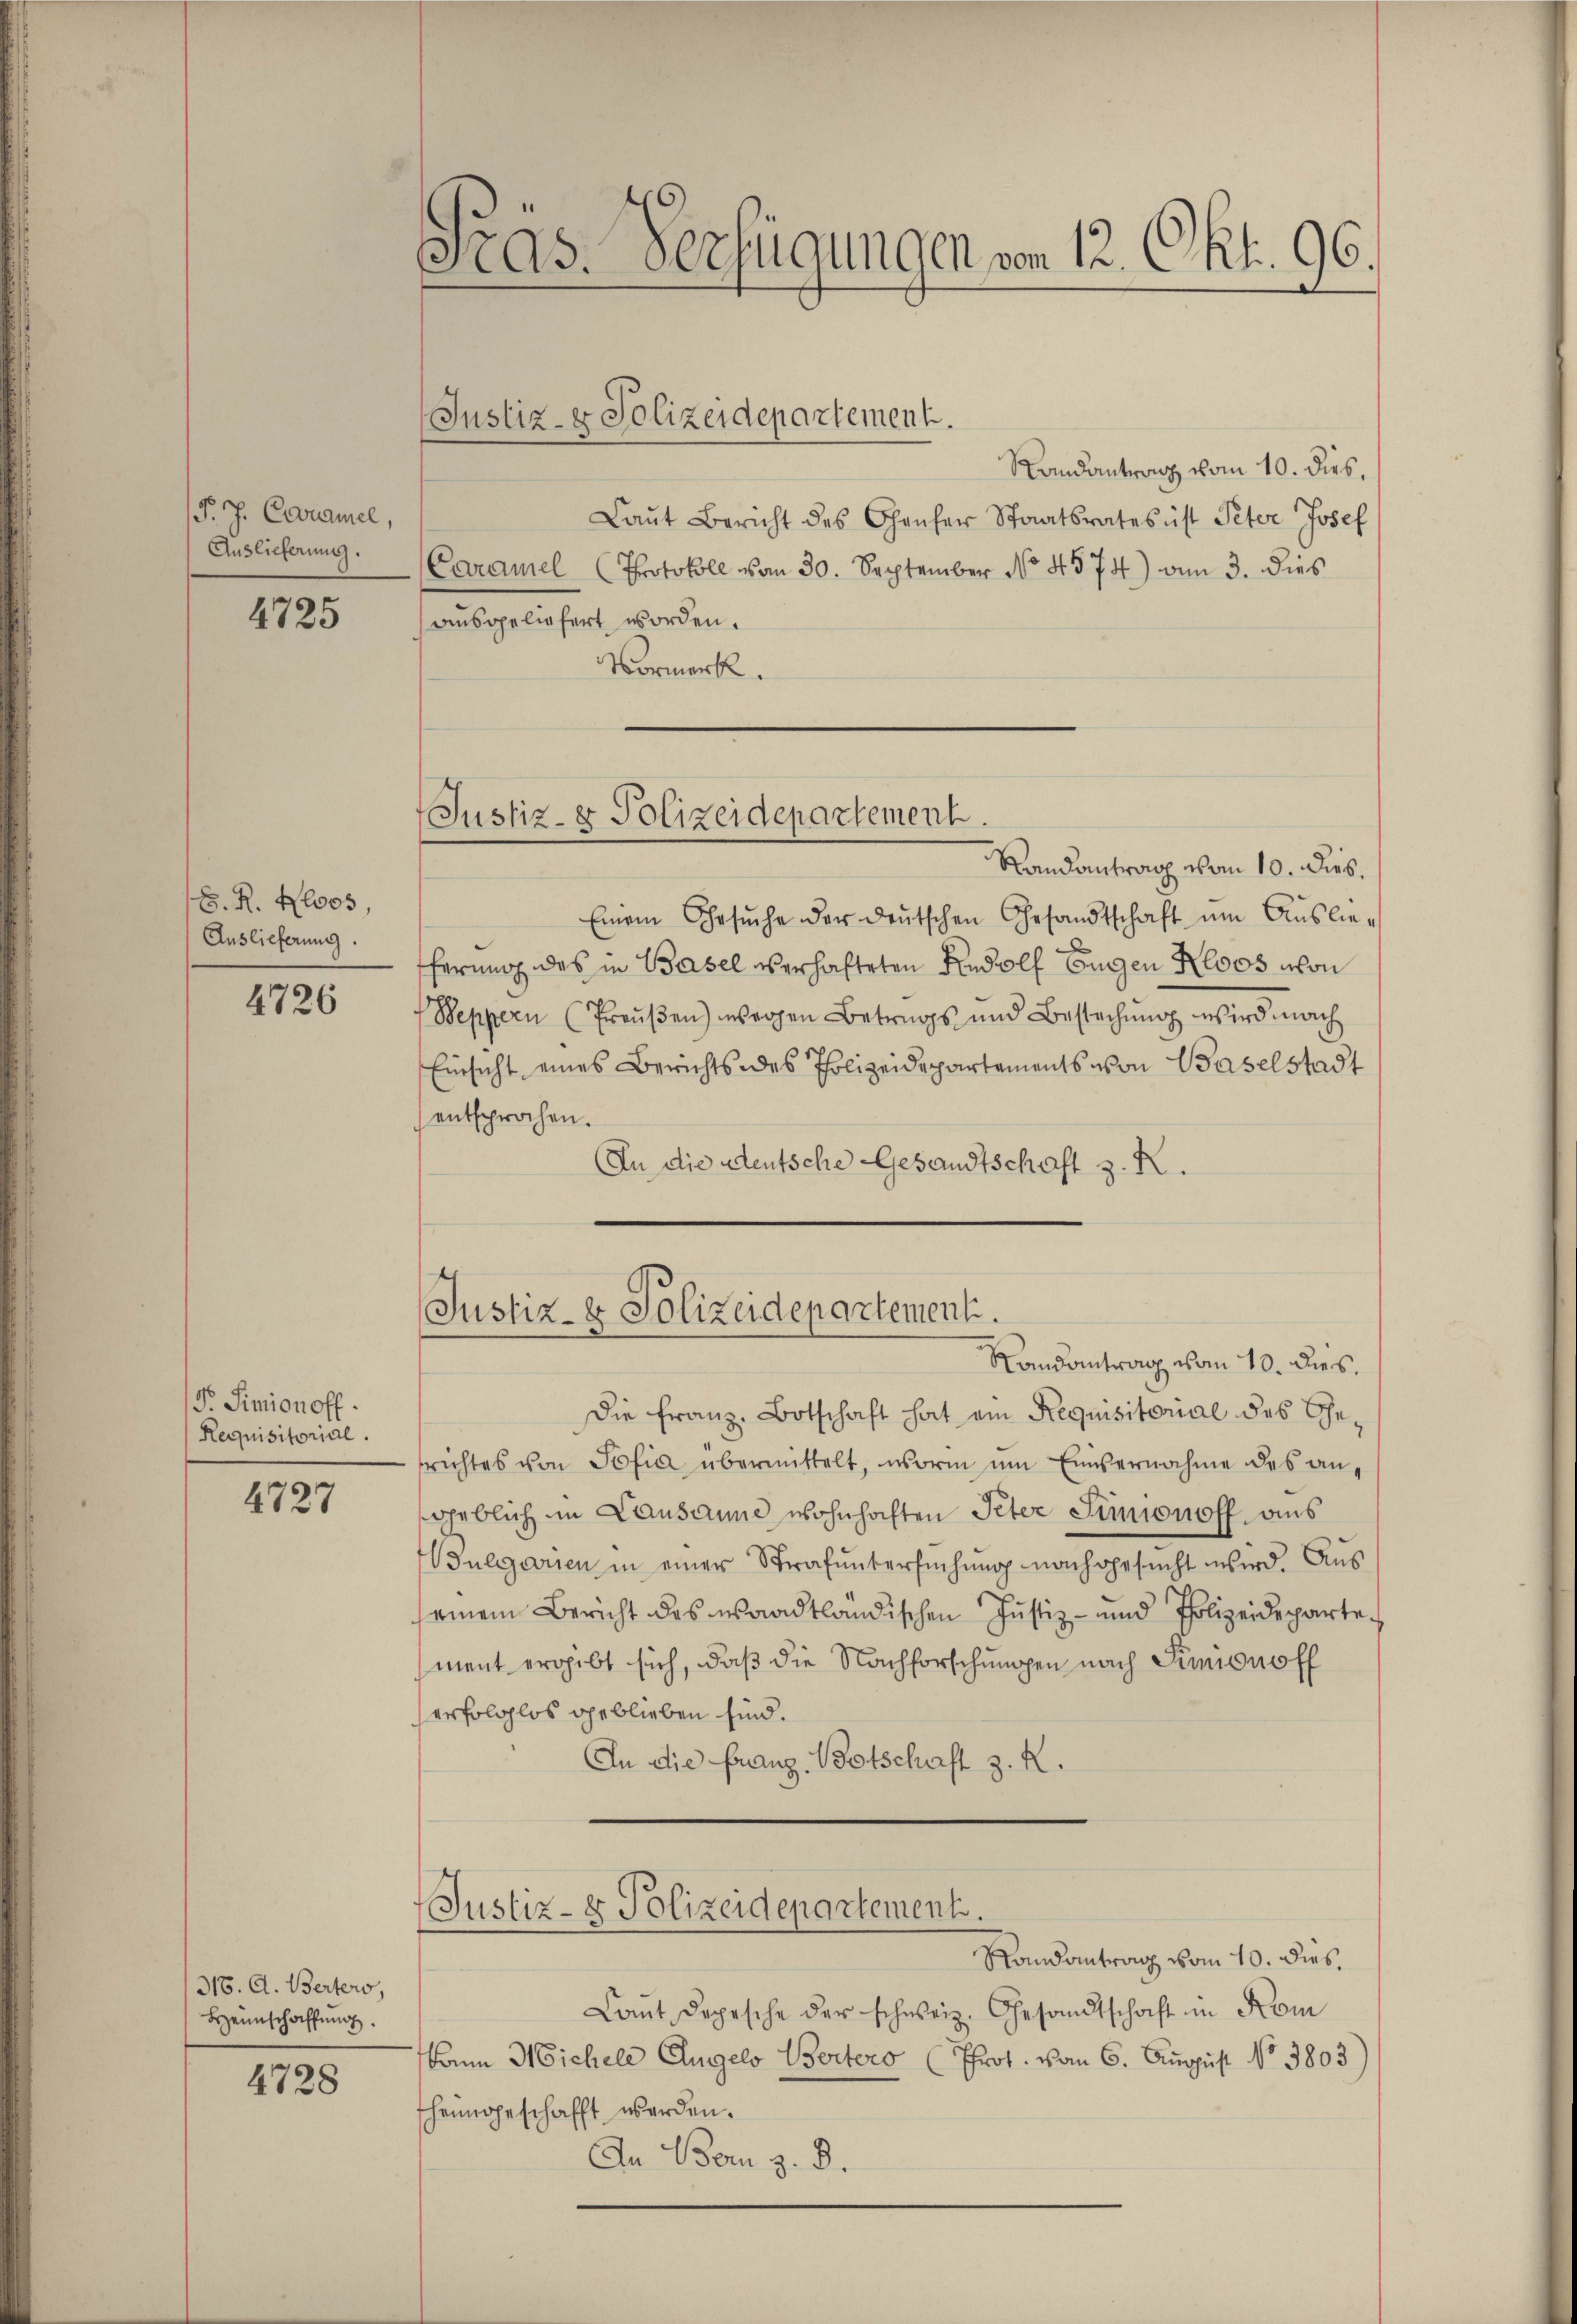
. J. Caramel,
Auslieferung.

4725

S. R. Hloos,
Auslieferung.

4726

Pr. Simionoff
Requisitorial.

4727

318. d. Berters,
Heimschaffung.

4728

Pras. Verfügungen von 12. Okt. 96.

Justiz- & Polizeidepartement.

Randantrag vom 10. dies,
Laŭt Bericht des Chauser Staatsrates ist Peter Josef
Caramel (Protokoll von 30. September No. 4574) am 3. dies
ausgeliefert worden.
Vormerk.

Justiz- & Polizeidepartement

Randantrag vom 10. Dies.
Einem Gesŭche der deutschen Gesandtschaft um Auslieferung des in Basel verhafteten Rudolf Eugen Kloos von
Weppern (Preŭβen) wegen Betrags und Bestechŭng wird mach
Einsicht eines Berichts des Polizeidepartements von Baselstadt
entsprochen.
In die deutsche Gesandtschaft z. R.

Justiz- & Polizeidepartement.

Randantrag vom 10. dies.
Die Franz. Botschaft hat ein Requisitorial des Gesrichtes von Sofia übermittelt, worin um Einvernahme des angeblich im Lausanne wohnhaften Peter Simionoff aus
ulgarien in einer Strafuntersuchung nachgesucht wird. Aus
seinem Bericht des waadtländischen Justiz- und Polizeidepartement ergibt sich, daß die Nachforschungen nach Simipnoff
serfolglos geblieben sind.
An die franz Botschaft z. R.

Justiz- & Polizeidepartement.

Randantrag vom 10. dies,
Laŭt Depesche der schweiz. Gesandtschaft in Kom
kann Michele Engelo Bertero (Prot. vom 6. August No 3803.
fheimgeschafft werden.
An Bern z. B.